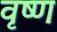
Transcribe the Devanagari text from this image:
वृष्ण